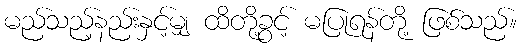
မည်သည့်နည်းနှင့်မျှ ထိတို့ခွင့် မပြုရန်တို့ ဖြစ်သည်။